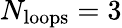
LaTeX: N_{\mathrm{loops}}=3